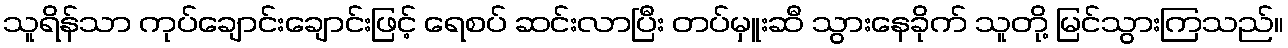
သူရိန်သာ ကုပ်ချောင်းချောင်းဖြင့် ရေစပ် ဆင်းလာပြီး တပ်မှူးဆီ သွားနေခိုက် သူတို့ မြင်သွားကြသည်။